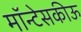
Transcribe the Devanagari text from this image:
मॉन्टेसकीऊ